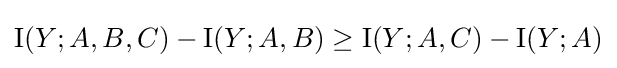
\operatorname {I} (Y;A,B,C)-\operatorname {I} (Y;A,B)\geq \operatorname {I} (Y;A,C)-\operatorname {I} (Y;A)